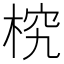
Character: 𣒔